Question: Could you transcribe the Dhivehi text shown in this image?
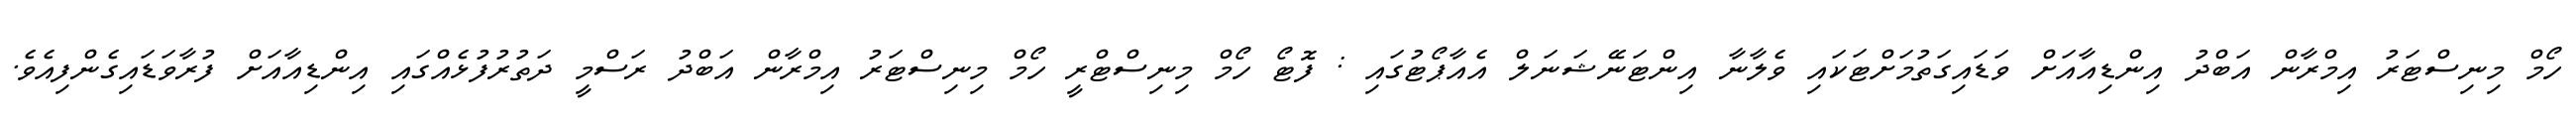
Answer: ހޯމް މިނިސްޓަރު އިމްރާން އަބްދު އިންޑިއާއަށް ވަޑައިގަތުމަށްޓަކައި ވެލާނާ އިންޓަނޭޝަނަލް އެއާޕޯޓުގައި : ފޮޓޯ ހޯމް މިނިސްޓްރީ ހޯމް މިނިސްޓަރު އިމްރާން އަބްދު ރަސްމީ ދަތުރުފުޅެއްގައި އިންޑިއާއަށް ފުރާވަޑައިގެންފިއެވެ.